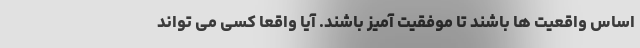
اساس واقعیت ها باشند تا موفقیت آمیز باشند. آیا واقعا کسی می تواند